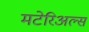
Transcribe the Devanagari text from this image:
मटेरिअल्स